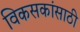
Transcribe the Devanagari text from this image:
विकसकांसाठी